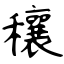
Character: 穰